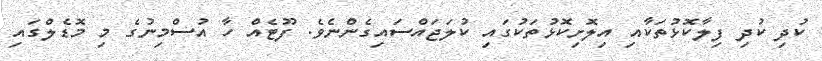
ކުދި ކުދި ފިލާކޮޅުތަކާއި އިލޮށިކޮޅުތަކުގައި ކުލަޖައްސައިގެންނެވެ. ފޫޓެއް ހާ އުސްމިނުގެ މި މޮޑެލްގައި